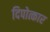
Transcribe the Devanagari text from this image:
दिपोत्कार